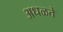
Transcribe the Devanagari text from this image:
अधळते